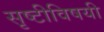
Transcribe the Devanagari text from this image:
सृष्टीविषयी